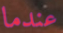
عندما